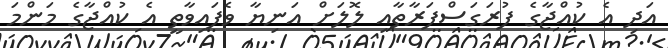
އަދި އެ ކުއްޖާގެ ފުރަގަސްފަރާތާއި ލޮލަށް އަނިޔާ ވެފައިވާތީ އެ ކުއްޖާގެ މަންމަ